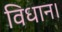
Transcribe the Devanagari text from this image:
विधान।